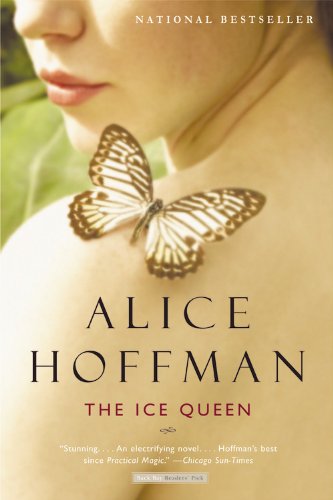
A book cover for The Ice Queen: A Novel; Alice Hoffman; Literature & Fiction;